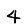
Digit: 4